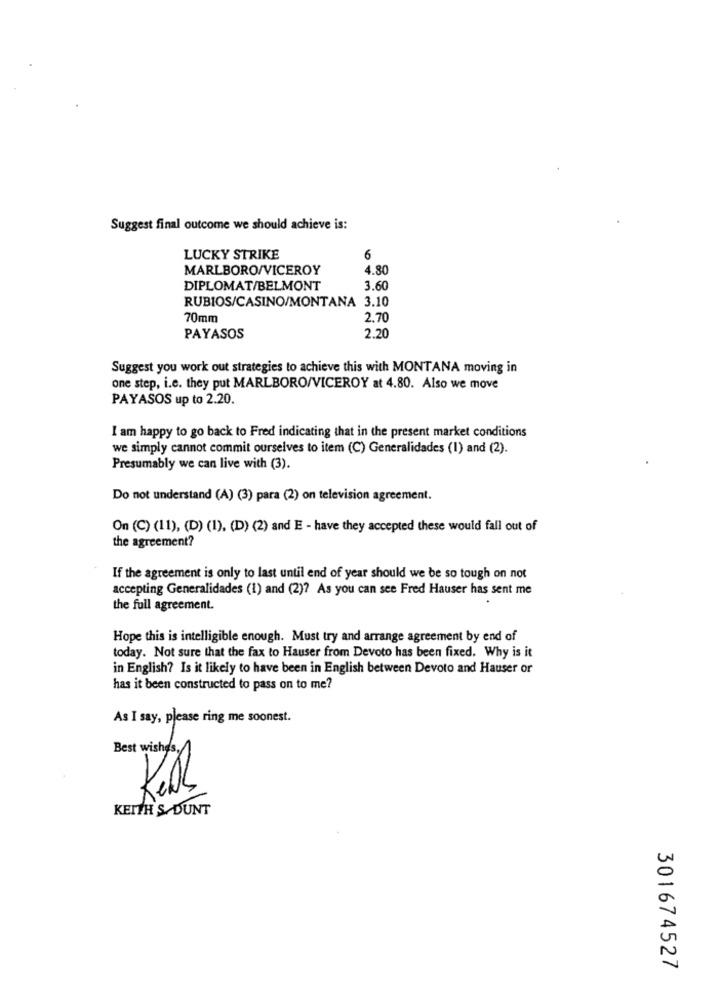
Suggest final outcome we should achieve is:
LUCKY STRIKE
6
MARLBORO/VICEROY
4.80
DIPLOMAT/BELMONT
3.60
RUBIOS/CASINO/MONTANA 3.10
70mm
2,70
PAYASOS
2.20
Suggest you work out strategies to achieve this with MONTANA moving in
one step, i.e. they put MARLBORO/VICEROY at 4.80. Also we move
PAYASOS up to 2.20.
I am happy to go back to Fred indicating that in the present market conditions
we simply cannot commit ourselves to item (C) Generalidades (1) and (2).
Presumably we can live with (3).
Do not understand (A) (3) para (2) on television agreement.
On (C) (11), (D) (1), (D) (2) and E - have they accepted these would fall out of
the agreement?
If the agreement is only to last until end of year should we be so tough on not
accepting Generalidades (1) and (2)? As you can see Fred Hauser has sent me
the full agreement.
Hope this is intelligible enough. Must try and arrange agreement by end of
today. Not sure that the fax to Hauser from Devoto has been fixed. Why is it
in English? Is it likely to have been in English between Devoto and Hauser or
has it been constructed to pass on to me?
As I say, please ring me soonest.
Best wishes,
R
1
KEITH S DUNT
301674527